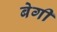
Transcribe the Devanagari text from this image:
बेगी